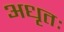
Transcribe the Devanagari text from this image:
अधृतः